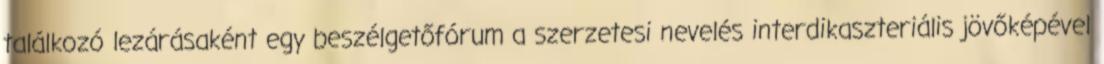
találkozó lezárásaként egy beszélgetőfórum a szerzetesi nevelés interdikaszteriális jövőképével